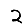
Digit: 2